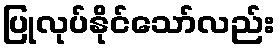
ပြုလုပ်နိုင်သော်လည်း